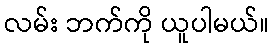
လမ်း ဘက်ကို ယူပါမယ်။